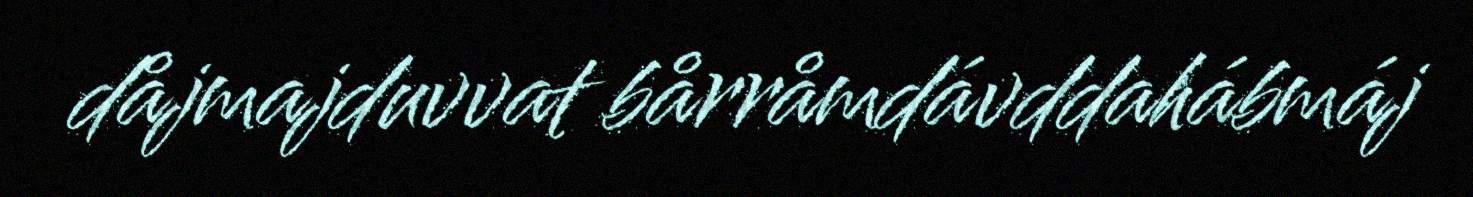
dåjmajduvvat bårråmdávddahábmáj